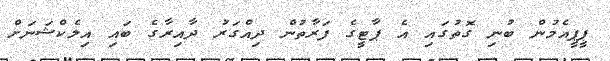
ޕީޕީއެމުން ބުނި ގޮތުގައި އެ ޕާޓީގެ ފަރާތުން ދިއްގަރު ދާއިރާގެ ބައި އިލެކްޝަނަށް